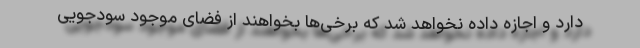
دارد و اجازه داده نخواهد شد که برخی‌ها بخواهند از فضای موجود سودجویی